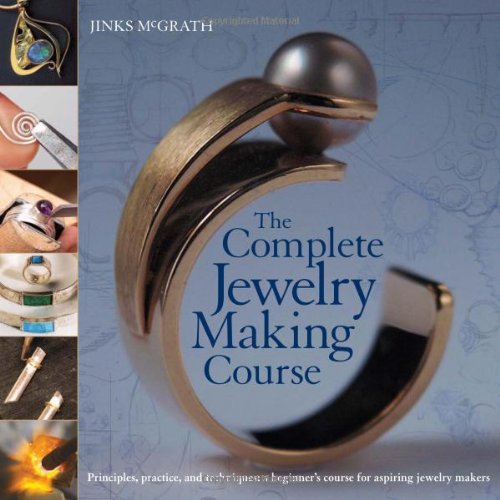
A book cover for The Complete Jewelry Making Course: Principles, Practice and Techniques: A Beginner's Course for Aspiring Jewelry Makers; Jinks McGrath; Crafts, Hobbies & Home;